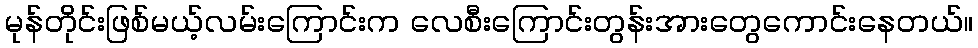
မုန်တိုင်းဖြစ်မယ့်လမ်းကြောင်းက လေစီးကြောင်းတွန်းအားတွေကောင်းနေတယ်။